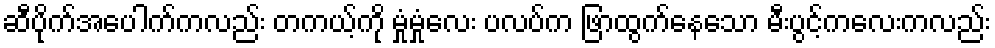
ဆီပိုက်အပေါက်ကလည်း တကယ့်ကို မှုံမှုံလေး ပလပ်က ဖြာထွက်နေသော မီးပွင့်ကလေးကလည်း